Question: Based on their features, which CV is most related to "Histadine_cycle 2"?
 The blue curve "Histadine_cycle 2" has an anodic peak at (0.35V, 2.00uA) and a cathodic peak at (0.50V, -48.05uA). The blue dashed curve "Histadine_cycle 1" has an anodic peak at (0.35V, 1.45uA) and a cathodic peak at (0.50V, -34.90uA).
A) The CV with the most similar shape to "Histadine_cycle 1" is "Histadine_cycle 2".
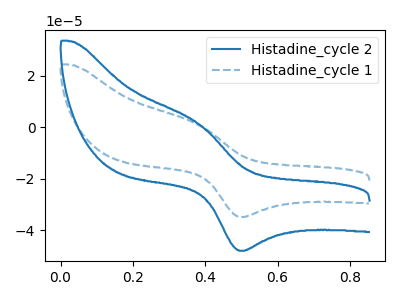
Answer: <think>All the peaks in "Histadine_cycle 2" have a peak in "Histadine_cycle 1" at the same potential. Every peak in "Histadine_cycle 2" is higher than every peak in "Histadine_cycle 1".
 </think>
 <answer>A) The CV with the most similar shape to "Histadine_cycle 1" is "Histadine_cycle 2".</answer>
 <eval>A</eval>